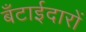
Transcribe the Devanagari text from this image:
बँटाईदारों